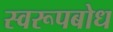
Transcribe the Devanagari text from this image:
स्वरूपबोध